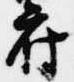
府